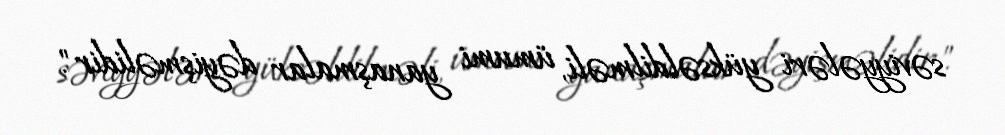
səviyyələri yüksəldilməli, ümumi yanaşmalar dəyişməlidir".